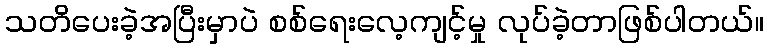
သတိပေးခဲ့အပြီးမှာပဲ စစ်ရေးလေ့ကျင့်မှု လုပ်ခဲ့တာဖြစ်ပါတယ်။